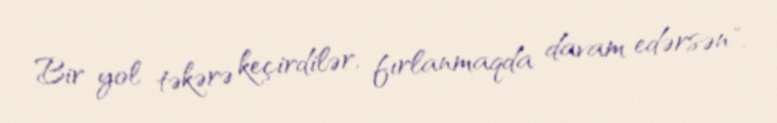
Bir yol təkərə keçirdilər, fırlanmaqda davam edərsən".